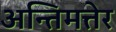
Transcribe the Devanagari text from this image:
अन्तिमत्तेर